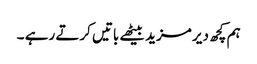
ہم کچھ دیر مزید بیٹھے باتیں کرتے رہے ۔